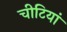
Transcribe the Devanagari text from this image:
चीटियां